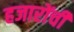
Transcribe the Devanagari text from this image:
हजारोंची